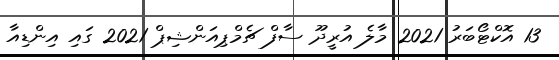
13 އޮކްޓޯބަރު 2021 މާލެ އުރީދޫ ސާފް ޗެމްޕިއަންޝިޕް 2021 ގައި އިންޑިއާ